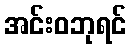
အင်းဝဘုရင်